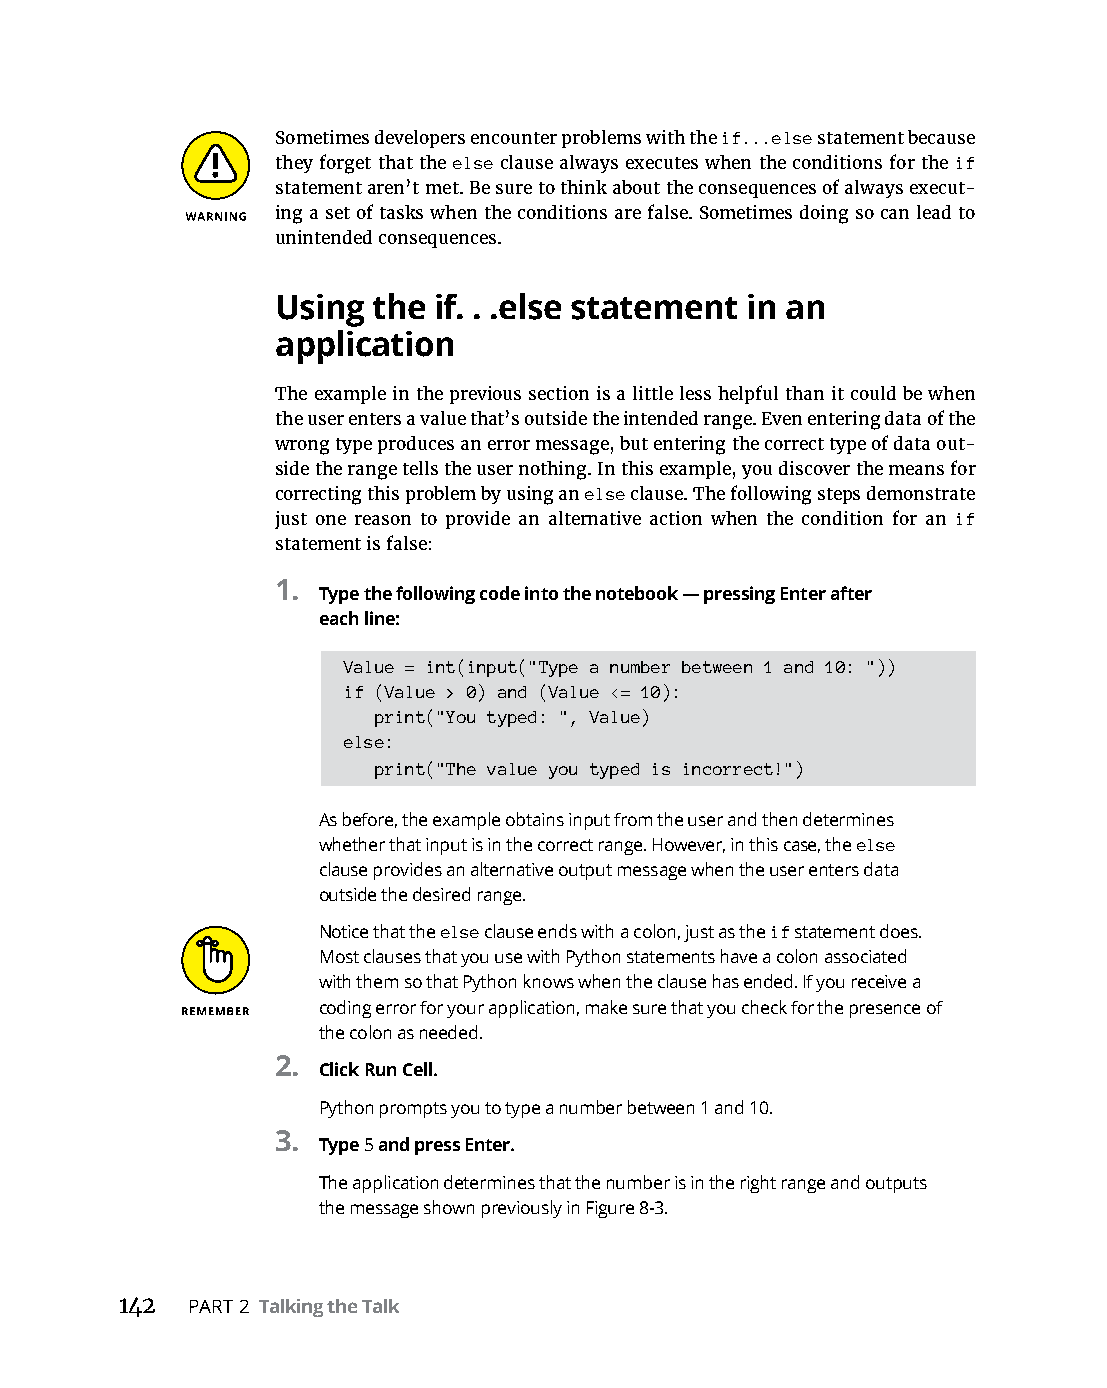
Sometimes developers encounter problems with the if...else statement because
 they forget that the else clause always executes when the conditions for the if
 statement aren’t met. Be sure to think about the consequences of always execut-
 ing a set of tasks when the conditions are false. Sometimes doing so can lead to
 unintended consequences.
 Using  the if. . .else statement in an
 application
 The example in the previous section is a little less helpful than it could be when
 the user enters a value that’s outside the intended range. Even entering data of the
 wrong type produces an error message, but entering the correct type of data out-
 side the range tells the user nothing. In this example, you discover the means for
 correcting this problem by using an else clause. The following steps demonstrate
 just one reason to provide an alternative action when the condition for an if
 statement is false:
 1.
 Type the following code into the notebook — pressing Enter after
 each line:
 Value = int(input("Type a number between 1 and 10: "))
 if (Value > 0) and (Value <= 10):
 print("You typed: ", Value)
 else:
 print("The value you typed is incorrect!")
 As before, the example obtains input from the user and then determines
 whether that input is in the correct range. However, in this case, the else
 clause provides an alternative output message when the user enters data
 outside the desired range.
 Notice that the else clause ends with a colon, just as the if statement does.
 Most clauses that you use with Python statements have a colon associated
 with them so that Python knows when the clause has ended. If you receive a
 coding error for your application, make sure that you check for the presence of
 the colon as needed.
 2.
 Click Run Cell.
 Python prompts you to type a number between 1 and 10.
 3.
 Type 5 and press Enter.
 The application determines that the number is in the right range and outputs
 the message shown previously in Figure 8-3.
 142 PART 2 Talking the Talk